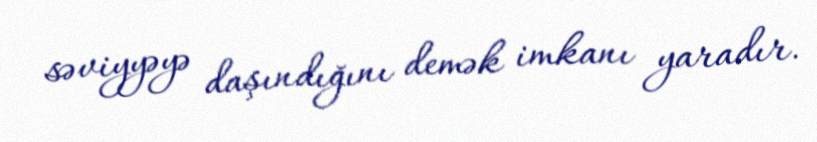
səviyyəyə daşındığını demək imkanı yaradır.